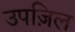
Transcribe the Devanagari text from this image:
उपज़िल